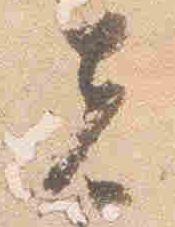
者